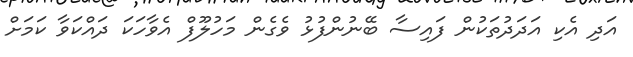
އަދި އެކި އަދަދުތަކުން ފައިސާ ބޭނުންފުޅު ވެގެން މަހުލޫފް އެވާހަކަ ދައްކަވާ ކަމަށް